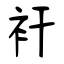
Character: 衦